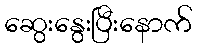
ဆွေးနွေးပြီးနောက်